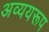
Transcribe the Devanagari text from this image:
अव्ययरूप